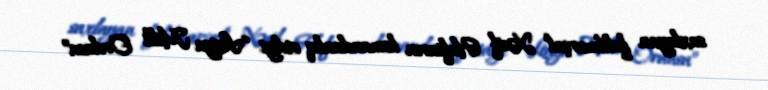
saxlayan feldmarşal Xəıif Haftarın komandanlıq etdiyi “Liviya Milli Ordusu”